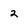
Character: 2